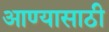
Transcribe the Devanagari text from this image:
आण्यासाठी